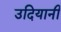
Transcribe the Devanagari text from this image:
उदियानी